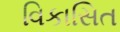
વિકાસિત